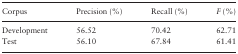
<table><thead><tr><td><b>Corpus</b></td><td><b>Precision (%)</b></td><td><b>Recall (%)</b></td><td><b><i>F</i> (%)</b></td></tr></thead><tbody><tr><td>Development</td><td>56.52</td><td>70.42</td><td>62.71</td></tr><tr><td>Test</td><td>56.10</td><td>67.84</td><td>61.41</td></tr></tbody></table>